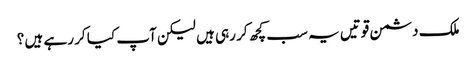
ملک دشمن قوتیں یہ سب کچھ کر رہی ہیں لیکن آپ کیا کر رہے ہیں ؟